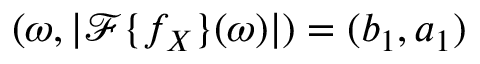
( \omega , | \mathcal F \{ f _ { X } \} ( \omega ) | ) = ( b _ { 1 } , a _ { 1 } )